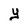
Character: y